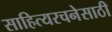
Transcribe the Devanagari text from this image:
साहित्यरचनेसाठी